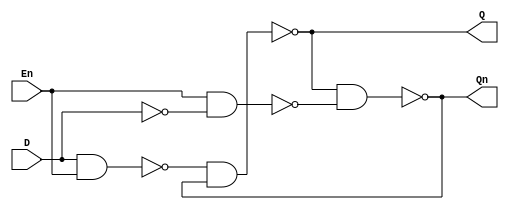
`ifndef D_LATCH_V
`define D_LATCH_V

module D_Latch(
    input D,
    input En,
    output Q,
    output Qn
);
    wire Sn, Rn, Dn;
    not  i0 (Dn, D);
    nand i1 (Sn, D, En);
    nand i2 (Rn, En, Dn);
    nand i3 (Q, Sn, Qn);
    nand i4 (Qn, Q, Rn); 
endmodule

`endif